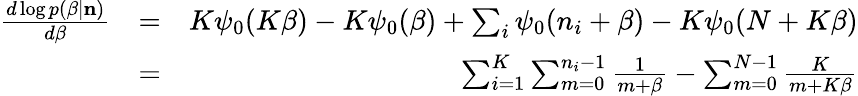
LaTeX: \begin{array}{rlr}{\frac{d\log p(\beta|{\mathbf n})}{d\beta}}&{=}&{K\psi_{0}(K\beta)-K\psi_{0}(\beta)+\sum_{i}\psi_{0}(n_{i}+\beta)-K\psi_{0}(N+K\beta)}\\ &{=}&{\sum_{i=1}^{K}\sum_{m=0}^{n_{i}-1}\frac{1}{m+\beta}-\sum_{m=0}^{N-1}\frac{K}{m+K\beta}}\end{array}